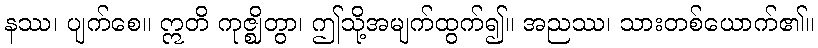
နဿ၊ ပျက်စေ။ ဣတိ ကုဇ္ဈိတွာ၊ ဤသို့အမျက်ထွက်၍။ အညဿ၊ သားတစ်ယောက်၏။